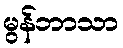
မွန်ဘာသာ